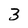
Character: 3